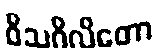
ဝိသဂိလိတော